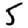
Digit: 5